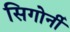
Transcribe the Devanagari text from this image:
सिगोर्नी